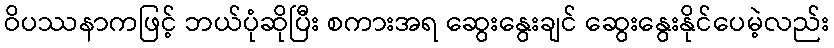
ဝိပဿနာကဖြင့် ဘယ်ပုံဆိုပြီး စကားအရ ဆွေးနွေးချင် ဆွေးနွေးနိုင်ပေမဲ့လည်း